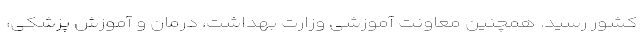
کشور رسید. همچنین معاونت آموزشی وزارت بهداشت، درمان و آموزش پزشکی،